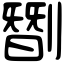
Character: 㔆